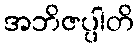
အဘိဇပ္ပါတိ